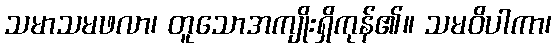
သမာသမဖလာ၊ တူသောအကျိုးရှိကုန်၏။ သမဝိပါကာ၊